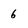
Character: 6